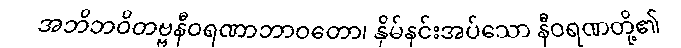
အဘိဘဝိတဗ္ဗနီဝရဏာဘာဝတော၊ နှိမ်နင်းအပ်သော နီဝရဏတို့၏